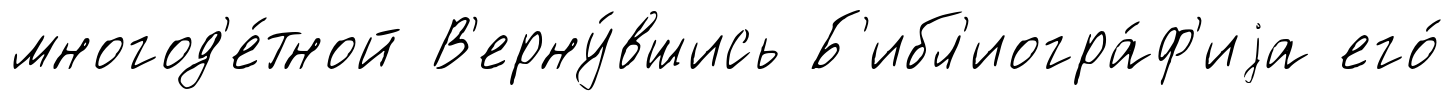
многод'е́тной В'ерну́вшись Б'ибл'иогра́ф'иjа его́